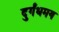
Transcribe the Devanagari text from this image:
दुर्गंधमय